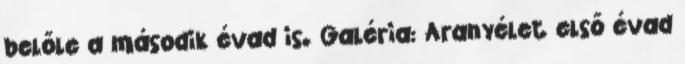
belőle a második évad is. Galéria: Aranyélet első évad